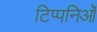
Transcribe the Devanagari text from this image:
टिप्पनिओं